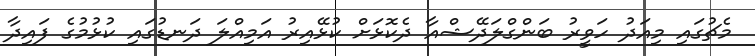
މެޗުގައި މިއަދު ހަވީރު ބަންގްލަދޭޝްއާ ދެކޮޅަށް ކުޅޭއިރު އަމިއްލަ ދަނޑުގައި ކުޅުމުގެ ފައިދާ